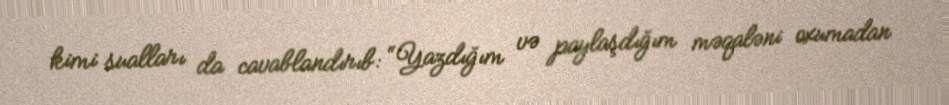
kimi sualları da cavablandırıb: “Yazdığım və paylaşdığım məqaləni oxumadan